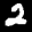
Label: 2